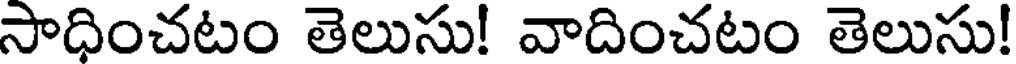
సాధించటం తెలుసు! వాదించటం తెలుసు!